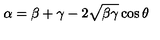
\alpha = \beta + \gamma - 2 \sqrt { \beta \gamma } \cos \theta